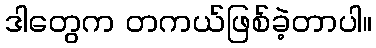
ဒါတွေက တကယ်ဖြစ်ခဲ့တာပါ။